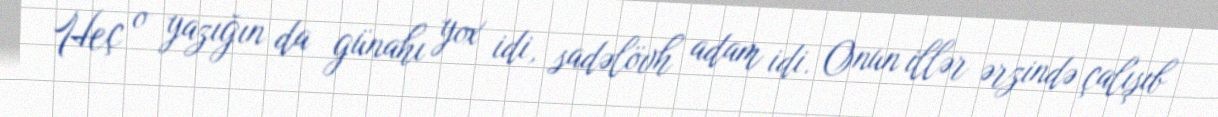
Heç o yazığın da günahı yox idi, sadəlövh adam idi. Onun illər ərzində çalışıb